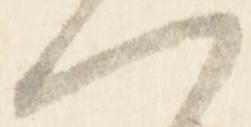
一